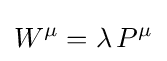
W^{\mu }=\lambda \,P^{\mu }